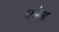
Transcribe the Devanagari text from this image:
धजेना